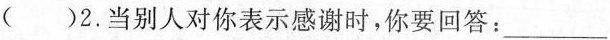
( )2.当别人对你表示感谢时，你要回答：___